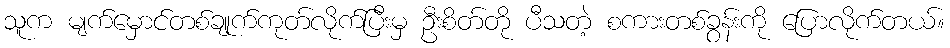
သူက မျက်မှောင်တစ်ချုက်ကုတ်လိုက်ပြီးမှ ဦးစိတ်တို ပီသတဲ့ စကားတစ်ခွန်းကို ပြောလိုက်တယ်။